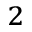
^ { 2 }